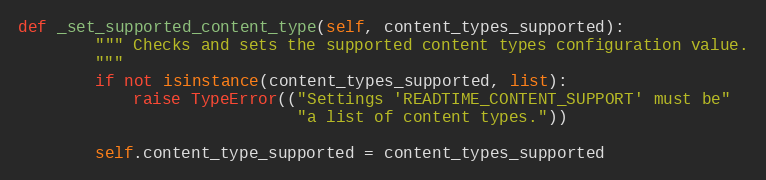
Language: Python
def _set_supported_content_type(self, content_types_supported):
        """ Checks and sets the supported content types configuration value.
        """
        if not isinstance(content_types_supported, list):
            raise TypeError(("Settings 'READTIME_CONTENT_SUPPORT' must be"
                             "a list of content types."))

        self.content_type_supported = content_types_supported